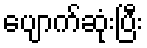
ပျောက်ဆုံးပြီး